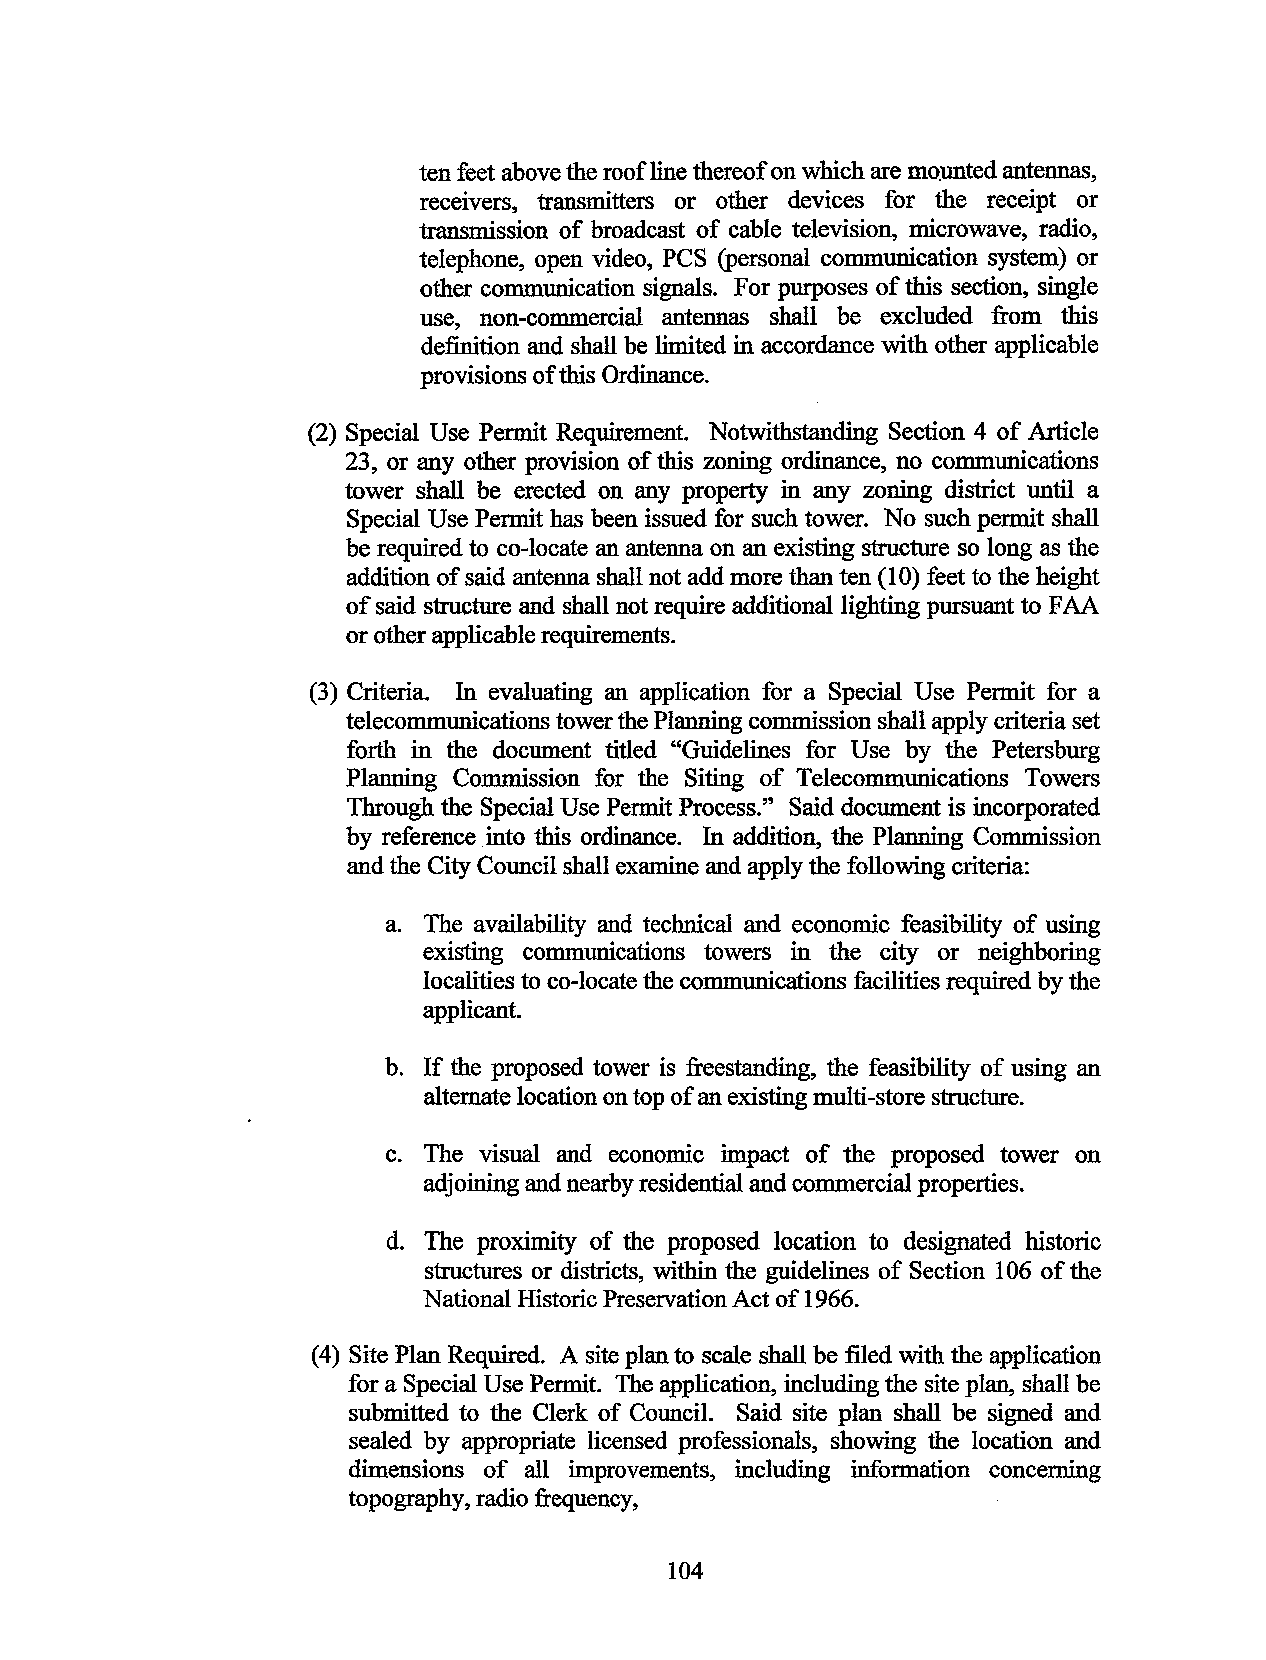
ten feet above the roof line thereof on which are mo:unted antennas,
 receivers, transmitters or other devices for the receipt or
 transmission of broadcast of cable television, microwave, radio,
 telephone, open video, PCS (personal communication system) or
 other communication signals. For purposes of this section, single
 use, non-commercial antennas shall be excluded from this
 definition and shall be limited in accordance with other applicable
 provisions of this Ordinance.
 (2) Special Use Permit Requirement. Notwithstanding Section 4 of Article
 23, or any other provision of this zoning ordinance, no communications
 tower shall be erected on any property in any zoning district until a
 Special Use Permit has been issued for such tower. No such permit shall
 be required to co-locate an antenna on an existing structure so long as the
 addition of said antenna shall not add more than ten (1 0) feet to the height
 of said structure and shall not require additional lighting pursuant to FAA
 or other applicable requirements.
 (3) Criteria. In evaluating an application for a Special Use Permit for a
 telecommunications tower the Planning commission shall apply criteria set
 forth in the document titled "Guidelines for Use by the Petersburg
 Planning Commission for the Siting of Telecommunications Towers
 Through the Special Use Permit Process." Said document is incorporated
 by reference into this ordinance. In addition, the Planning Commission
 and the City Council shall examine and apply the following criteria:
 a. The availability and technical and economic feasibility of using
 existing communications towers in the city or neighboring
 localities to co-locate the communications facilities required by the
 applicant.
 b. If the proposed tower is freestanding, the feasibility of using an
 alternate location on top of an existing multi-store structure.
 c. The visual and economic impact of the proposed tower on
 adjoining and nearby residential and commercial properties.
 d. The proximity of the proposed location to designated historic
 structures or districts, within the guidelines of Section 106 of the
 National Historic Preservation Act of 1966.
 (4) Site Plan Required. A site plan to scale shall be filed with the application
 for a Special Use Permit. The application, including the site plan, shall be
 submitted to the Clerk of Council. Said site plan shall be signed and
 sealed by appropriate licensed professionals, showing the location and
 dimensions of all improvements, including information concerning
 topography, radio frequency,
 104